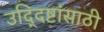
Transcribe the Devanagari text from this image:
उद्‍दिष्टांसाठी